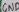
Text: GND